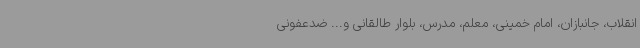
انقلاب، جانبازان، امام خمینی، معلم، مدرس، بلوار طالقانی و... ضدعفونی